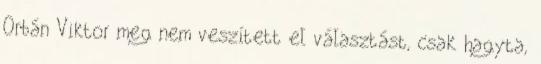
Orbán Viktor meg nem veszített el választást, csak hagyta,